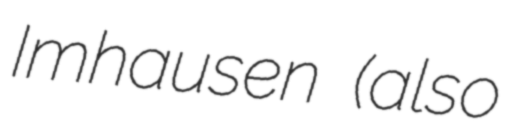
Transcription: Imhausen (also